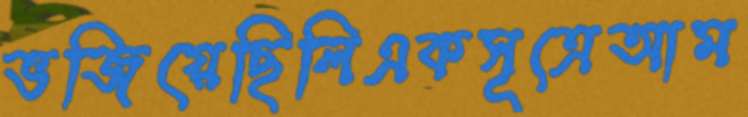
ভজিয়েছিলিএকসূত্রেআম